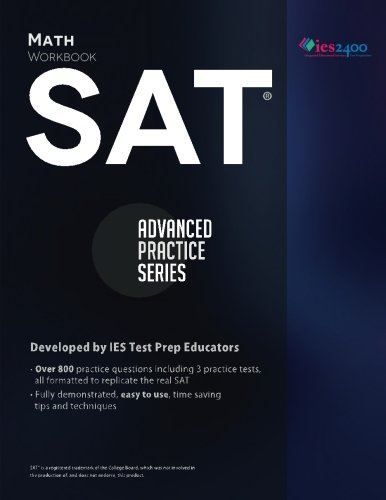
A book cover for SAT Math Workbook (Advanced Practice Series ) (Volume 3); Khalid Khashoggi; Test Preparation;